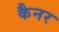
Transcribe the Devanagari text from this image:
कैनर